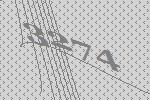
3274